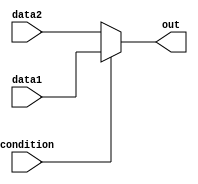
module conditional_assignment (
    input wire condition,      // Condition signal (single-bit)
    input wire [7:0] data1,   // First data input (8-bit)
    input wire [7:0] data2,   // Second data input (8-bit)
    output wire [7:0] out     // Output signal (8-bit)
);

// Conditional continuous assignment using ternary operator
assign out = (condition) ? data1 : data2;

endmodule